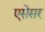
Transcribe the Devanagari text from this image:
एसेसर